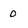
Character: 0